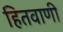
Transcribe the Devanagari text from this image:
हितवाणी